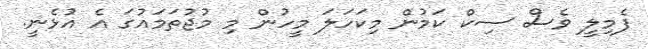
ފެމިލީ ވެސް ސިކް ކަމުން މިކަހަލަ މީހުން މި މުޖުތަމައުގަ އެ އުޅެނީ.